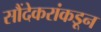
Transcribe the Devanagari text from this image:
सौंदेकरांकडून